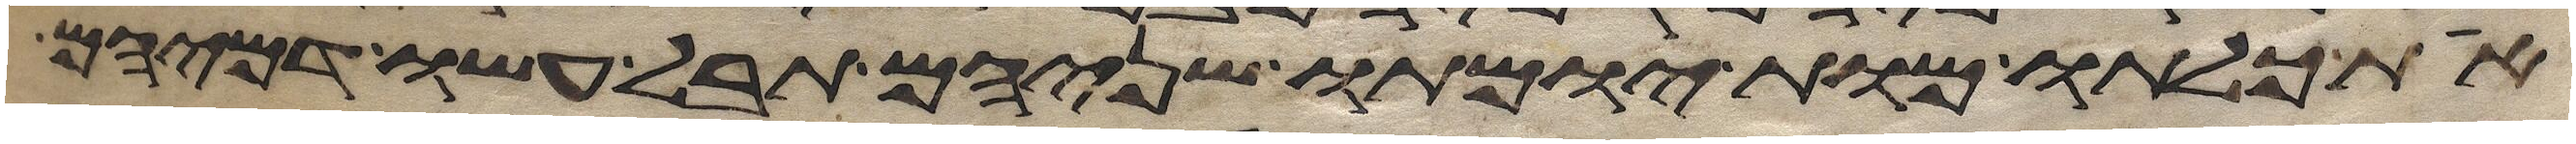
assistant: את כלתו מות יומתו שניהם תבל עשו דמיהם